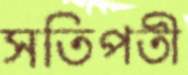
সতিপতী